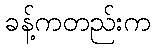
ခန့်ကတည်းက